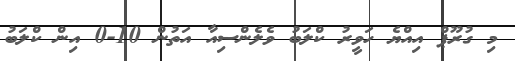
މި ގުރޫޕް އިއްޔެ ހަވީރު ކްލަބު ވެލެންސިއާ އަތުން 10-0 އިން ކްލަބު